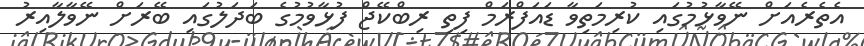
އެތެރެއަށް ނޭވާޅުމުގައި ކުރިމަތިވާ ޑައަފްރަމް ފިތި ރިބްކޭޖް ފުޅާވުމުގެ ބަދަލުގައި ބޭރަށް ނޭވާލާއިރު